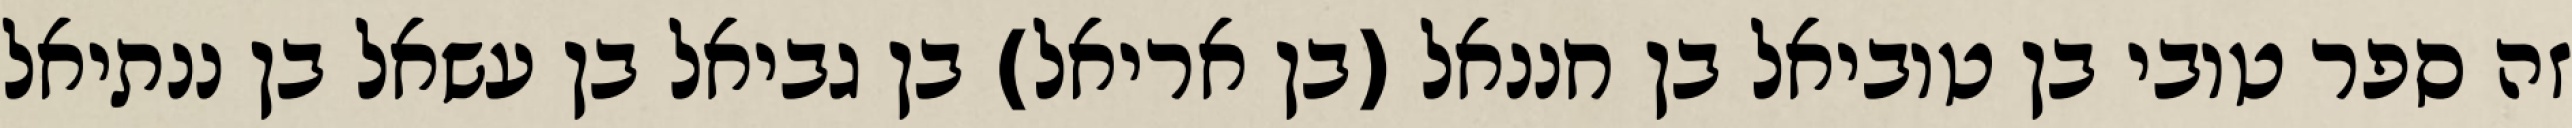
זה ספר טובי בן טוביאל בן חננאל (בן אריאל) בן גביאל בן עשאל בן ננתיאל